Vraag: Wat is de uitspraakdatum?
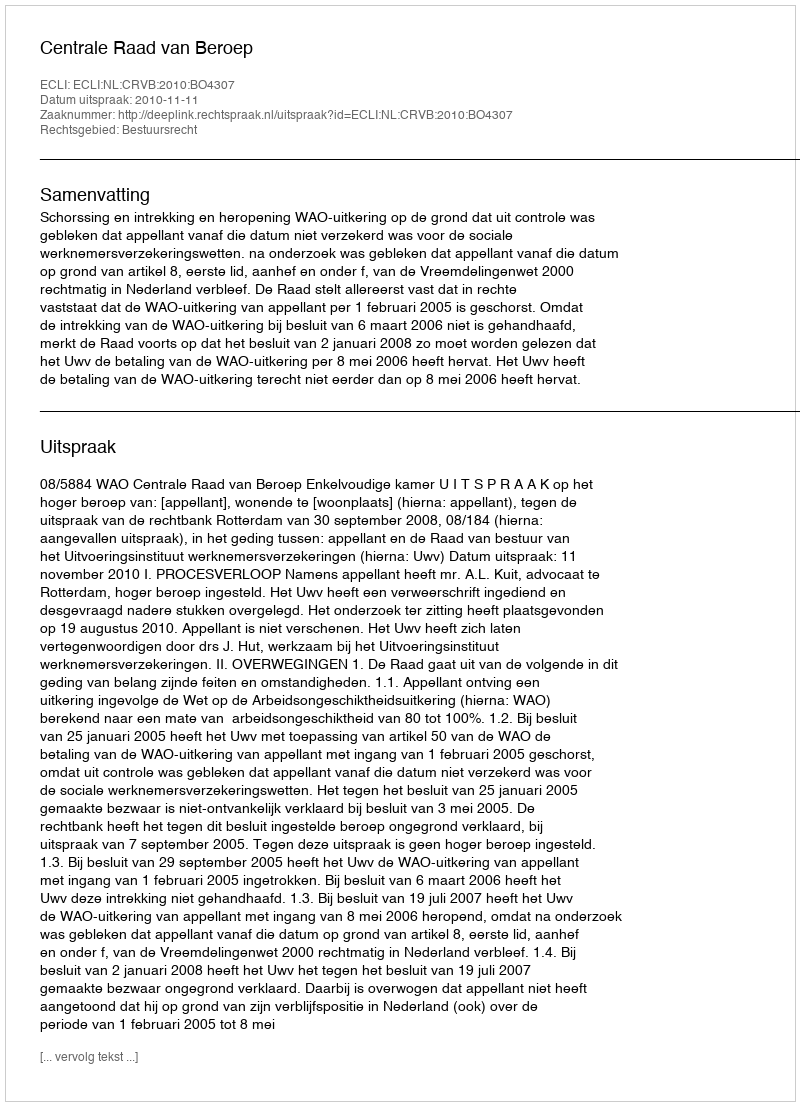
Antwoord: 2010-11-11